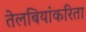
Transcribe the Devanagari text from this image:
तेलबियांकरिता